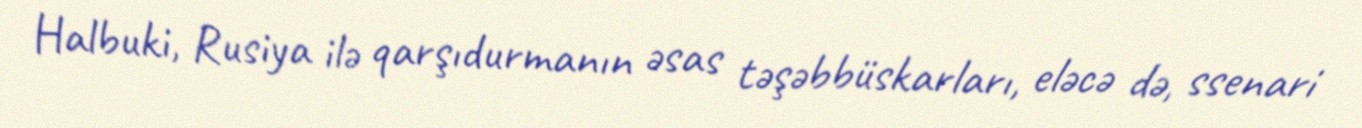
Halbuki, Rusiya ilə qarşıdurmanın əsas təşəbbüskarları, eləcə də, ssenari